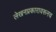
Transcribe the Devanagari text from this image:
लेखनप्रकारावरूनच